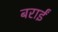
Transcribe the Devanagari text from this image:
बराईं